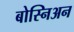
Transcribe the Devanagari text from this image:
बोस्निअन